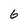
Character: 6